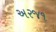
અરજ૧